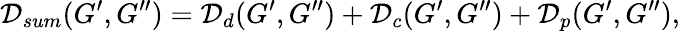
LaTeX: \mathcal{D}_{sum}(G^{\prime},G^{\prime\prime})=\mathcal{D}_{d}(G^{\prime},G^{\prime\prime})+\mathcal{D}_{c}(G^{\prime},G^{\prime\prime})+\mathcal{D}_{p}(G^{\prime},G^{\prime\prime}),